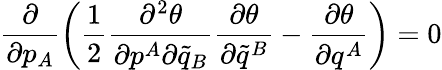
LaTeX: \frac{\partial}{\partial p_{A}}\bigg(\frac{1}{2}\frac{\partial^{2}\theta}{\partial p^{A}\partial\tilde{q}_{B}}\frac{\partial\theta}{\partial\tilde{q}^{B}}-\frac{\partial\theta}{\partial q^{A}}\bigg)=0